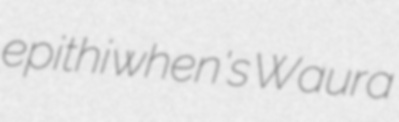
epithi when's Waura